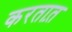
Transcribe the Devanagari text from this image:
करतात़